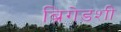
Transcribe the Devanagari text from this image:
ब्रिगेडशी